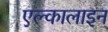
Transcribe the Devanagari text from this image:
एल्कालाइन